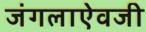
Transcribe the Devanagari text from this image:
जंगलाऐवजी